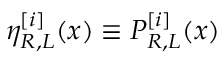
\eta _ { R , L } ^ { [ i ] } ( x ) \equiv P _ { R , L } ^ { [ i ] } ( x )